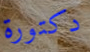
دكتورة